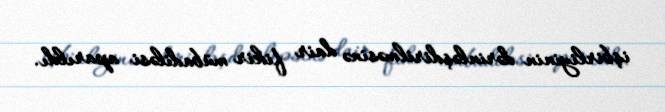
işbirliyinin dərinləşdirilməsinə dair fikir mübadiləsi aparıldı.